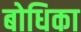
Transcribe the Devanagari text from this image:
बोधिका